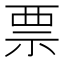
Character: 票